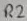
Text: R2